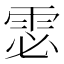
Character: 𲉴